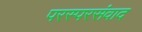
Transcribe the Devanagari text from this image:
परस्परसंवाद